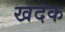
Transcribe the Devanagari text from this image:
खदक